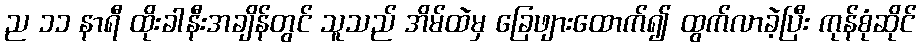
ည ၁၁ နာရီ ထိုးခါနီးအချိန်တွင် သူသည် အိမ်ထဲမှ ခြေဖျားထောက်၍ ထွက်လာခဲ့ပြီး ကုန်စုံဆိုင်